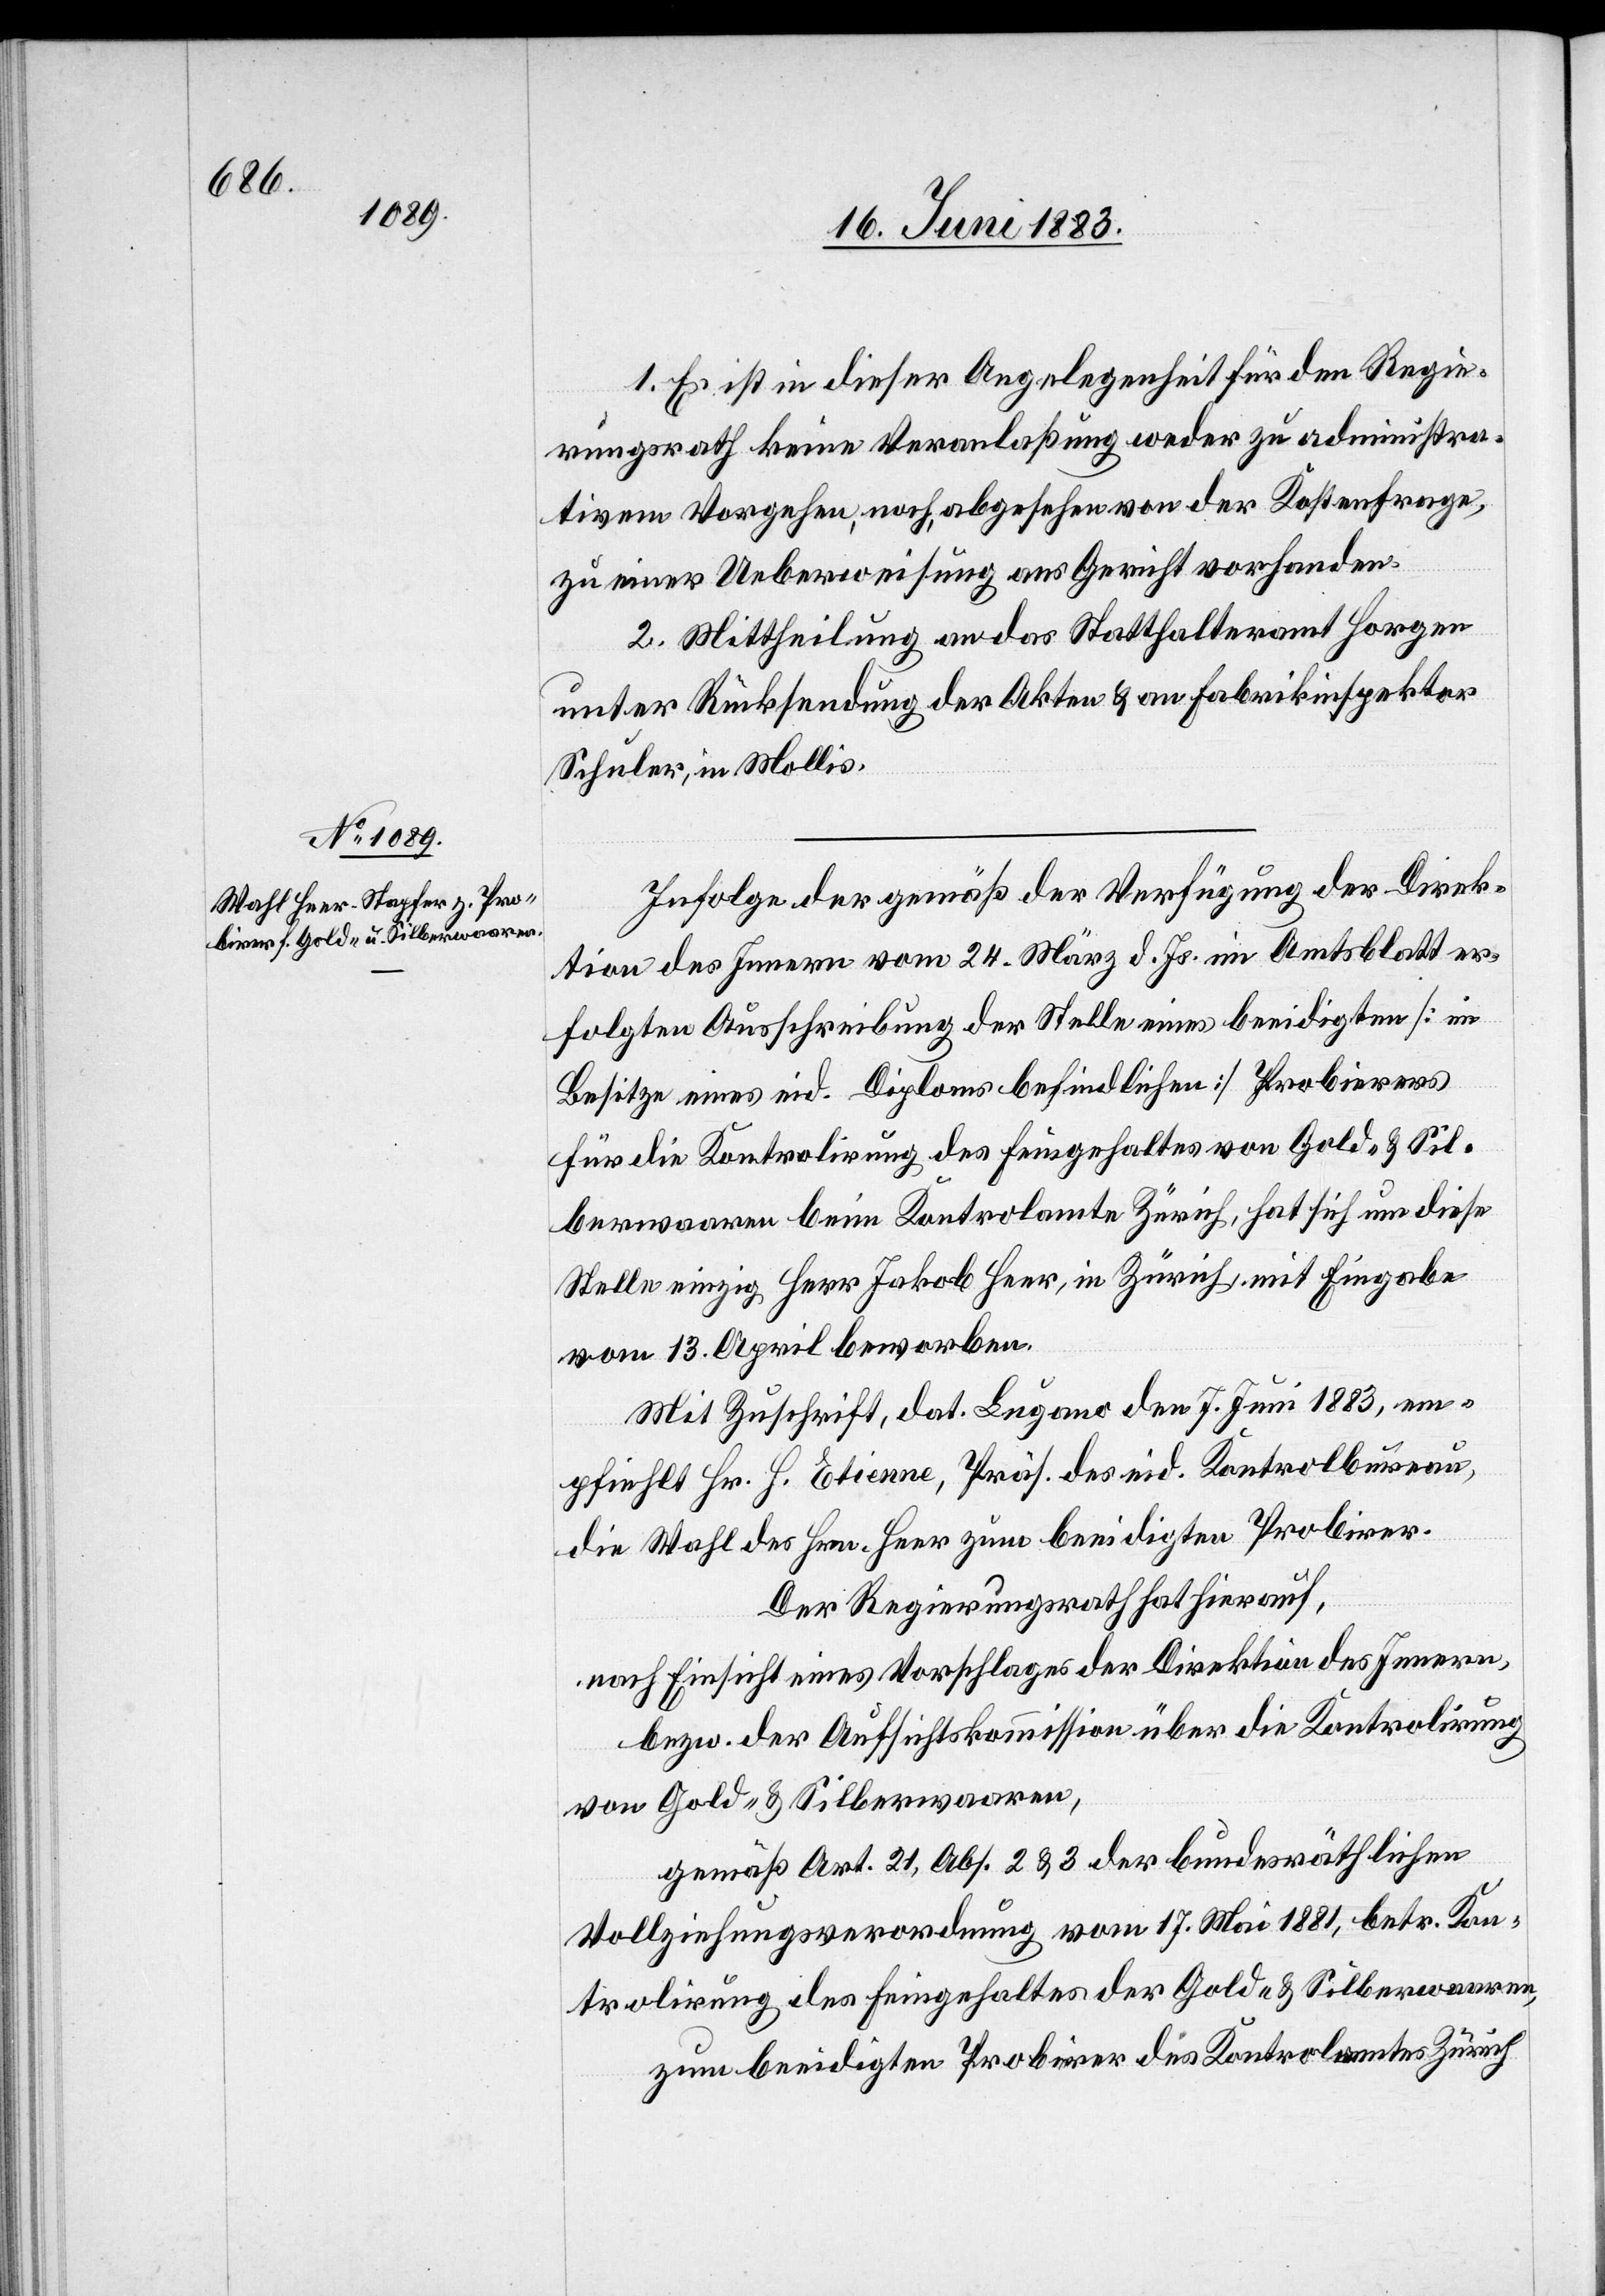
1. Es ist in dieser Angelegenheit für den Regie¬
rungsrath keine Veranlaßung weder zu administra¬
tivem Vorgehen, noch, abgesehen von der Kostenfrage,
zu einer Ueberweisung ans Gericht vorhanden.
2. Mittheilung an das Statthalteramt Horgen
unter Rücksendung der Akten & an Fabrikinspektor
Schuler, in Mollis.
Infolge der gemäß der Verfügung der Direk¬
tion des Innern vom 24. März d. Js. im Amtsblatt er¬
folgten Ausschreibung der Stelle eines beeidigten [im
Besitze eines eid. Diploms befindlichen] Probierers
für die Kontrolirung des Feingehaltes von Gold- & Sil¬
berwaaren beim Kontrolamte Zürich, hat sich um diese
Stelle einzig Herr Jakob Heer, in Zürich, mit Eingabe
vom 13. April beworben.
Mit Zuschrift, dat. Lugano den 7. Juni 1883, em¬
pfiehlt Hr. H. Etienne, Präs. des eid. Kontrolbureau,
die Wahl des Hrn. Heer zum beeidigten Probirer
Der Regierungsrath hat hierauf,
nach Einsicht eines Vorschlages der Direktion des Innern,
bezw. der Aufsichtskommission über die Kontrolirung
von Gold- & Silberwaaren,
gemäß Art. 21, Abs. 2 & 3 der bundesräthlichen
Vollziehungsverordnung vom 17. Mai 1881, betr. Kon¬
trolirung des Feingehaltes der Gold- & Silberwaaren,
zum beeidigten Probirer des Kontrolamtes Zürich